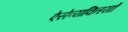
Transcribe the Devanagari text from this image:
ऐसेव्यक्तियों